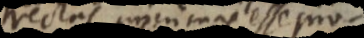
rectas uninmas esse pro-